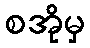
စအိုမှ